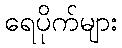
ရေပိုက်များ